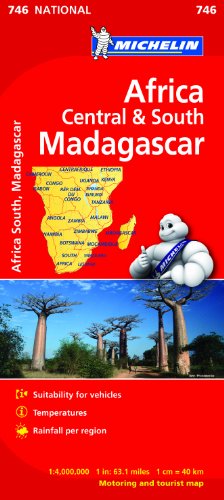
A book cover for Africa Cental & South, Madagascar (Michelin National Maps); Travel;